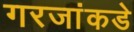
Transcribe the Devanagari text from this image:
गरजांकडे